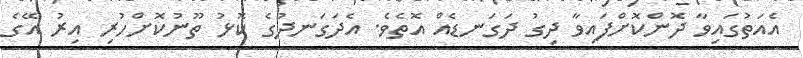
އެއަތުގައިވާ ދޮންކޮށްފައިވާ ދިގު ދަގަނޑެއް އޮތެވެ. އެދަގަނދުގެ ކޮޅު ތޫނުކޮށްހުރި އިރު އޭގެ